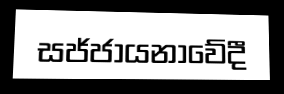
සජ්ජායනාවේදී